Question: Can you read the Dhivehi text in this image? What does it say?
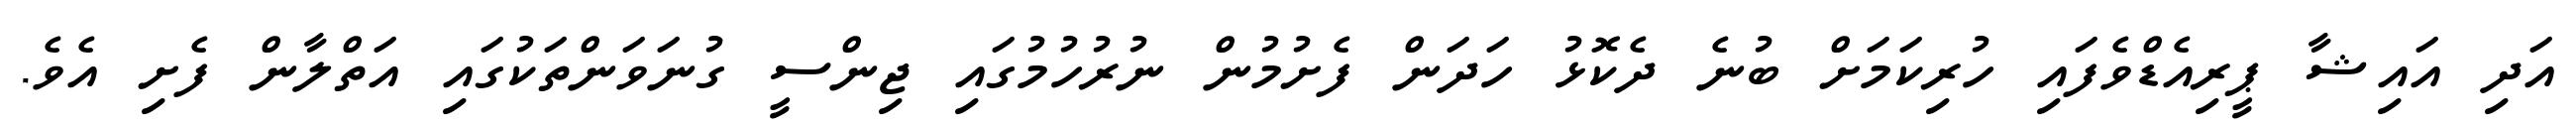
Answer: އަދި އައިޝާ ޕީރިއެޑްވެފައި ހުރިކަމަށް ބުނެ ދެކޮޅު ހަދަން ފެށުމުން ނުރުހުމުގައި ޖިންސީ ގުނަވަންތަކުގައި އަތްލާން ފެށި އެވެ.